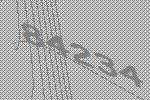
84234